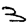
Digit: 3